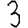
Digit: 3